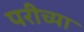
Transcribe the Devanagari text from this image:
परीच्या